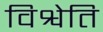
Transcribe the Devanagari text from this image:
विश्वेति